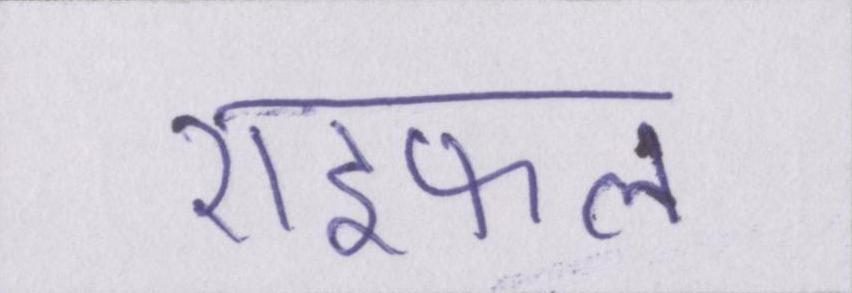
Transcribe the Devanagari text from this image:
राइफल